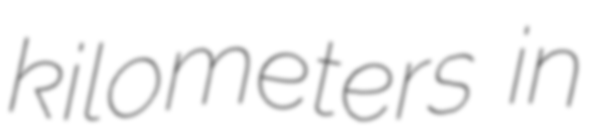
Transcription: kilometers in